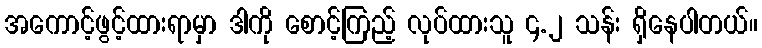
အကောင့်ဖွင့်ထားရာမှာ ဒါကို စောင့်ကြည့် လုပ်ထားသူ ၄.၂ သန်း ရှိနေပါတယ်။